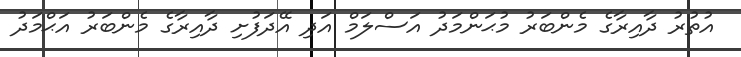
އުތުރު ދާއިރާގެ މެންބަރު މުޙަންމަދު އަސްލަމް އަދި އޭދަފުށި ދާއިރާގެ މެންބަރު އަޙްމަދު